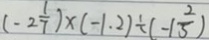
( - 2 \frac { 1 } { 7 } ) \times ( - 1 . 2 ) \div ( - 1 \frac { 2 } { 5 } )